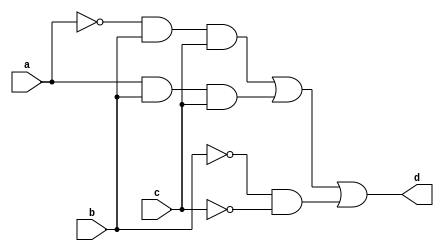
module simple (a,b,c,d);
    input a,b,c;
    output d;
    assign d = (~a & b & c) | (a & b & c) | (~b & ~c);
endmodule